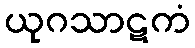
ယုဂသာဋကံ